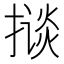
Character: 𱠦